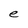
Character: e